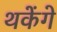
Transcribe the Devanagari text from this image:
थकेंगे